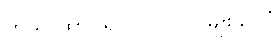
တသ ထာဝရ ပုဂ္ဂိုလ် ၂-မျိုးခွဲပြပုံ